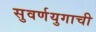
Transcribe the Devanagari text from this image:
सुवर्णयुगाची